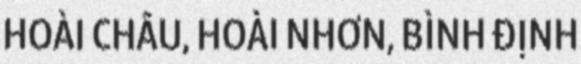
HOÀI CHÂU, HOÀI NHƠN, BÌNH ĐỊNH